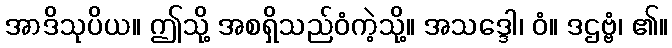
အာဒိသုပိယ။ ဤသို့ အစရှိသည်ဝံကဲ့သို့။ အသဒ္ဒေါ၊ ဝံ။ ဒဌဗ္ဗံ၊ ၏။